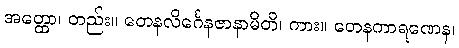
အတ္ထော၊ တည်း။ တေနလိင်္ဂေနဇာနာမိတိ၊ ကား။ တေနကာရဏေန၊